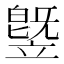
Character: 䇒